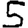
Digit: 5